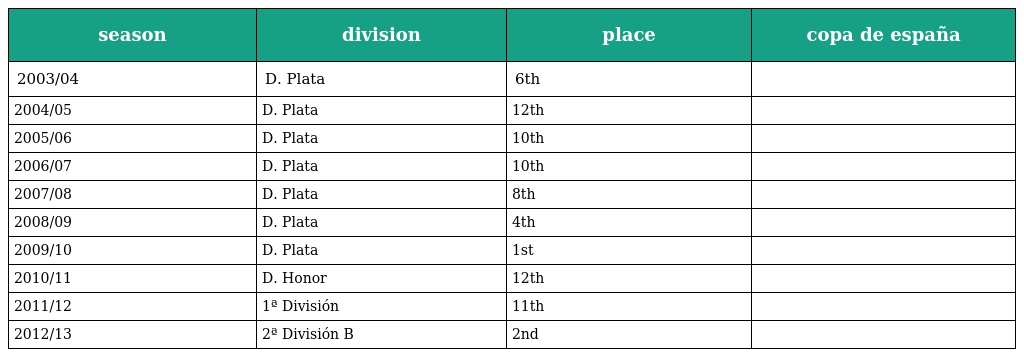
| season | division | place | copa de españa |
 | --- | --- | --- | --- |
 | 2003/04 | D. Plata | 6th |  |
 | 2004/05 | D. Plata | 12th |  |
 | 2005/06 | D. Plata | 10th |  |
 | 2006/07 | D. Plata | 10th |  |
 | 2007/08 | D. Plata | 8th |  |
 | 2008/09 | D. Plata | 4th |  |
 | 2009/10 | D. Plata | 1st |  |
 | 2010/11 | D. Honor | 12th |  |
 | 2011/12 | 1ª División | 11th |  |
 | 2012/13 | 2ª División B | 2nd |  |